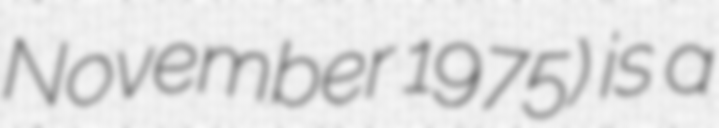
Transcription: November 1975) is a